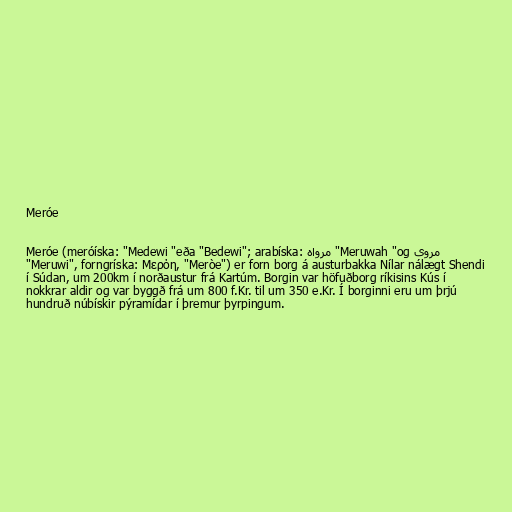
Meróe

Meróe (meróíska: "Medewi "eða "Bedewi"; arabíska: مرواه "Meruwah "og مروى
"Meruwi", forngríska: Μερόη, "Meròe") er forn borg á austurbakka Nílar nálægt Shendi
í Súdan, um 200km í norðaustur frá Kartúm. Borgin var höfuðborg ríkisins Kús í
nokkrar aldir og var byggð frá um 800 f.Kr. til um 350 e.Kr. Í borginni eru um þrjú
hundruð núbískir pýramídar í þremur þyrpingum.